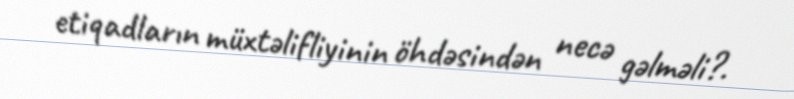
etiqadların müxtəlifliyinin öhdəsindən necə gəlməli?.